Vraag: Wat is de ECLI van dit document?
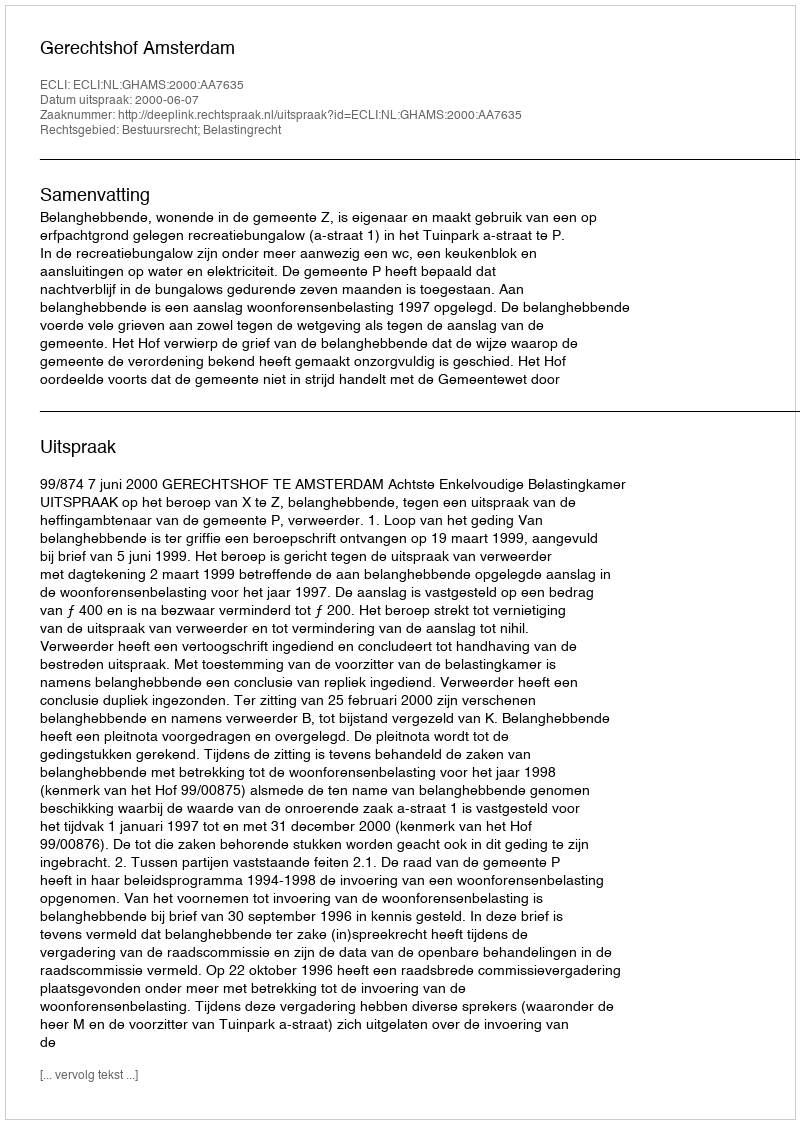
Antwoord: ECLI:NL:GHAMS:2000:AA7635